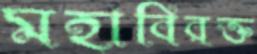
মহাবিরক্ত